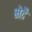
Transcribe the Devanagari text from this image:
भेदै